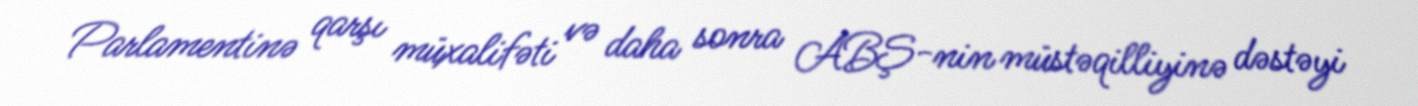
Parlamentinə qarşı müxalifəti və daha sonra ABŞ-nin müstəqilliyinə dəstəyi